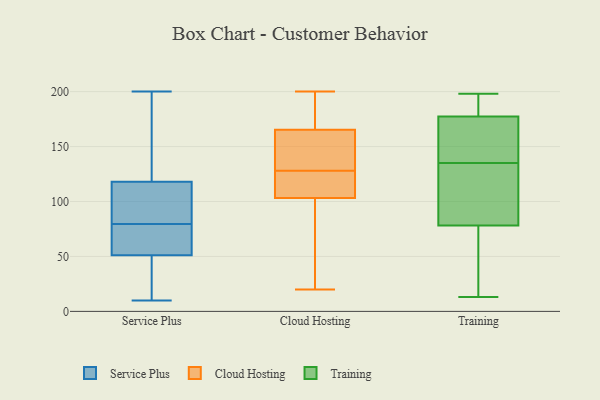
{"axis": {"x": "Page Views", "y": "Value"}, "legend": ["Cloud Hosting", "Service Plus", "Training"], "data": [{"x": "", "y": 161, "type": "Service Plus"}, {"x": "", "y": 112, "type": "Service Plus"}, {"x": "", "y": 118, "type": "Service Plus"}, {"x": "", "y": 109, "type": "Service Plus"}, {"x": "", "y": 59, "type": "Service Plus"}, {"x": "", "y": 85, "type": "Service Plus"}, {"x": "", "y": 65, "type": "Service Plus"}, {"x": "", "y": 51, "type": "Service Plus"}, {"x": "", "y": 74, "type": "Service Plus"}, {"x": "", "y": 42, "type": "Service Plus"}, {"x": "", "y": 108, "type": "Service Plus"}, {"x": "", "y": 22, "type": "Service Plus"}, {"x": "", "y": 183, "type": "Service Plus"}, {"x": "", "y": 10, "type": "Service Plus"}, {"x": "", "y": 52, "type": "Service Plus"}, {"x": "", "y": 200, "type": "Service Plus"}, {"x": "", "y": 190, "type": "Service Plus"}, {"x": "", "y": 48, "type": "Service Plus"}, {"x": "", "y": 107, "type": "Cloud Hosting"}, {"x": "", "y": 32, "type": "Cloud Hosting"}, {"x": "", "y": 142, "type": "Cloud Hosting"}, {"x": "", "y": 200, "type": "Cloud Hosting"}, {"x": "", "y": 128, "type": "Cloud Hosting"}, {"x": "", "y": 51, "type": "Cloud Hosting"}, {"x": "", "y": 163, "type": "Cloud Hosting"}, {"x": "", "y": 166, "type": "Cloud Hosting"}, {"x": "", "y": 189, "type": "Cloud Hosting"}, {"x": "", "y": 102, "type": "Cloud Hosting"}, {"x": "", "y": 126, "type": "Cloud Hosting"}, {"x": "", "y": 124, "type": "Cloud Hosting"}, {"x": "", "y": 128, "type": "Cloud Hosting"}, {"x": "", "y": 177, "type": "Cloud Hosting"}, {"x": "", "y": 20, "type": "Cloud Hosting"}, {"x": "", "y": 77, "type": "Training"}, {"x": "", "y": 151, "type": "Training"}, {"x": "", "y": 148, "type": "Training"}, {"x": "", "y": 13, "type": "Training"}, {"x": "", "y": 186, "type": "Training"}, {"x": "", "y": 106, "type": "Training"}, {"x": "", "y": 70, "type": "Training"}, {"x": "", "y": 194, "type": "Training"}, {"x": "", "y": 82, "type": "Training"}, {"x": "", "y": 104, "type": "Training"}, {"x": "", "y": 198, "type": "Training"}, {"x": "", "y": 190, "type": "Training"}, {"x": "", "y": 32, "type": "Training"}, {"x": "", "y": 136, "type": "Training"}, {"x": "", "y": 135, "type": "Training"}]}